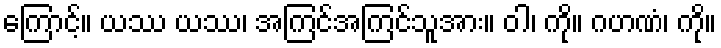
ကြောင့်။ ယဿ ယဿ၊ အကြင်အကြင်သူအား။ ဝါ၊ ကို။ ဂဟဏံ၊ ကို။